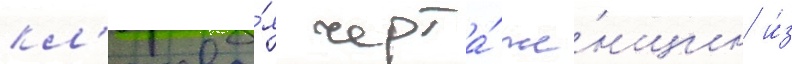
кл'ючева́я черта́ же́нщин и́з